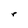
Character: r